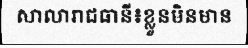
សាលារាជធានី៖ខ្លួនមិនមាន